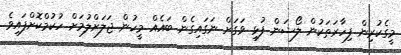
މީގެކުރިން ފިހާރަތަކުން ލޯޝަން ފުޅި ވަގަށް ނަގައިގެން ބައެއް މީހުން ޖަލަށްލުމަށް ހުކުމްކޮށްފައިވެ